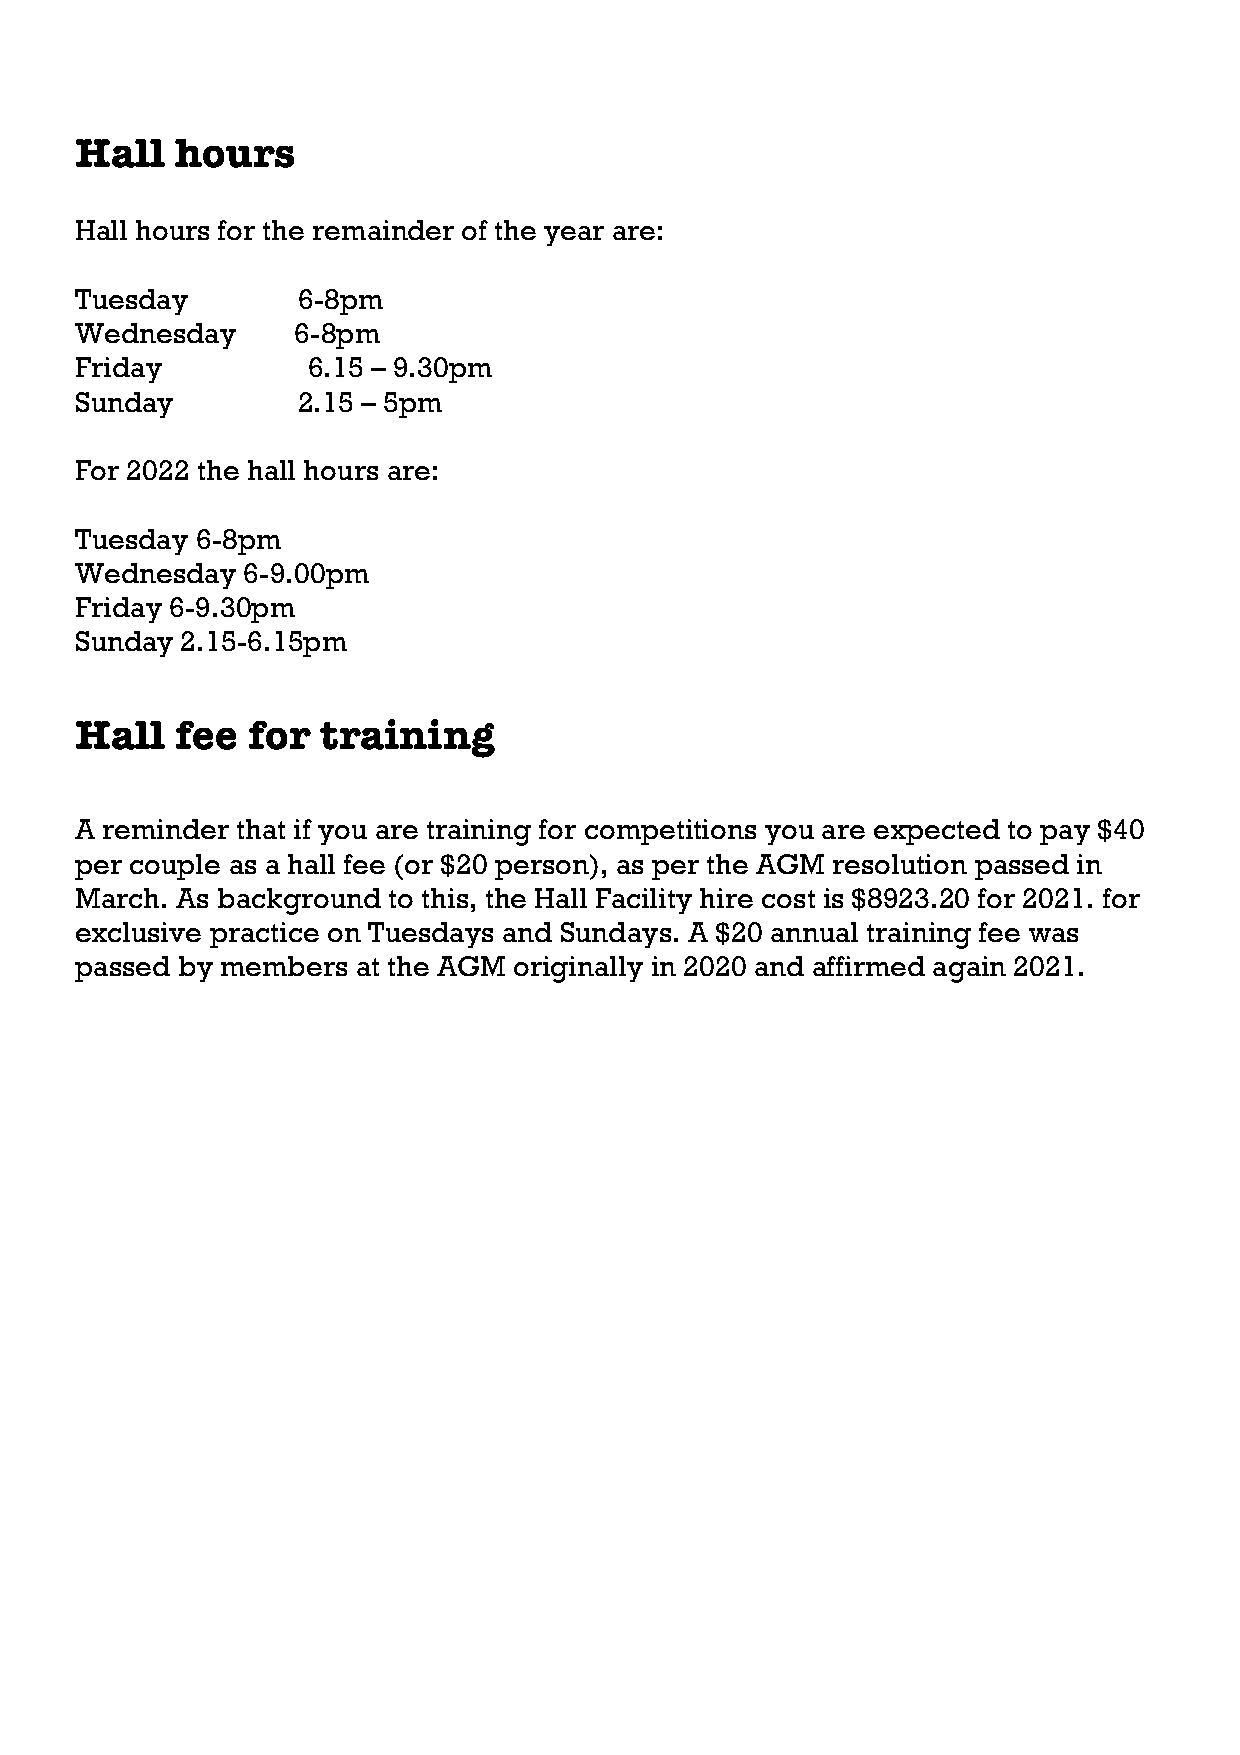
Hall   hours
 Hall hours for the remainder of the year are:
 Tuesday        6-8pm
 Wednesday     6-8pm
 Friday         6.15 – 9.30pm
 Sunday         2.15 – 5pm
 For 2022 the hall hours are:
 Tuesday 6-8pm
 Wednesday  6-9.00pm
 Friday 6-9.30pm
 Sunday 2.15-6.15pm
 Hall   fee for  training
 A reminder that if you are training for competitions you are expected to pay $40
 per couple as a hall fee (or $20 person), as per the AGM resolution passed in
 March. As background to this, the Hall Facility hire cost is $8923.20 for 2021. for
 exclusive practice on Tuesdays and Sundays. A $20 annual training fee was
 passed by members  at the AGM originally in 2020 and affirmed again 2021.